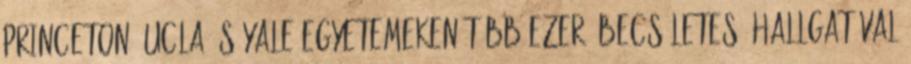
Princeton, UCLA és Yale egyetemeken több ezer „becsületes” hallgatóval